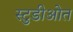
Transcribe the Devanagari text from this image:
स्टुडीओत